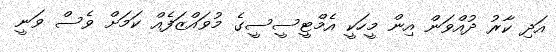
އަދި ކާރު ދުއްވަން އިން މީހަކީ އެމްޓީސީސީގެ މުވައްޒަފެއް ކަމަށް ވެސް ވަނީ